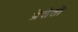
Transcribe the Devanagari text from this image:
प्रेसेतो